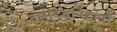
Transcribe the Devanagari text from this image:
वासुदेवानंदांनी